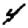
Digit: 4